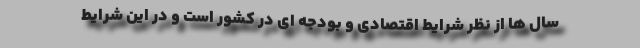
سال ها از نظر شرایط اقتصادی و بودجه ای در کشور است و در این شرایط